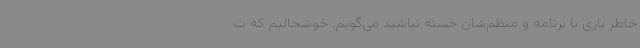
خاطر بازی با برنامه و منظم‌شان خسته نباشید می‌گویم. خوشحالیم که ت